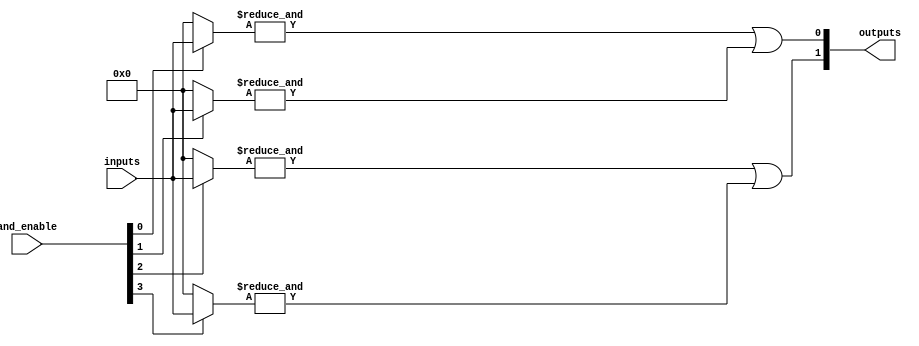
module SPAL #(
    parameter NUM_INPUTS = 8,          // Number of inputs
    parameter NUM_AND_GATES = 4,       // Number of AND gates
    parameter NUM_OR_GATES = 2          // Number of OR gates
)(
    input wire [NUM_INPUTS-1:0] inputs, // Input signals
    input wire [NUM_AND_GATES-1:0] and_enable, // Control signals for AND gates
    output wire [NUM_OR_GATES-1:0] outputs // Output signals
);

// Internal wires for the outputs of the AND gates
wire [NUM_AND_GATES-1:0] and_outputs;

// Programmable AND array
genvar i, j;
generate
    for (i = 0; i < NUM_AND_GATES; i = i + 1) begin : and_array
        wire [NUM_INPUTS-1:0] and_inputs;
        
        // Here you would define how the inputs are connected to each AND gate
        // For simplicity, we will assume a direct mapping based on the enable signal
        assign and_inputs = (and_enable[i]) ? inputs : {NUM_INPUTS{1'b0}}; // Example connection

        // AND operation
        assign and_outputs[i] = &and_inputs; // AND all inputs together
    end
endgenerate

// Fixed OR array
generate
    for (j = 0; j < NUM_OR_GATES; j = j + 1) begin : or_array
        // Example OR connection: combine outputs of AND gates
        // Here we will just OR the first half of the AND outputs for the first OR gate
        // and the second half for the second OR gate
        assign outputs[j] = (j == 0) ? (and_outputs[0] | and_outputs[1]) : (and_outputs[2] | and_outputs[3]);
    end
endgenerate

endmodule